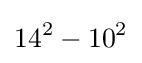
14^{2}-10^{2}